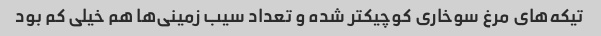
تیکه‌های مرغ سوخاری کوچیکتر شده و تعداد سیب زمینی‌ها هم خیلی کم بود